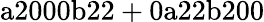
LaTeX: \mathrm{a2000b22+0a22b200}